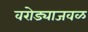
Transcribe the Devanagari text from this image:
वरोड्याजवळ